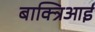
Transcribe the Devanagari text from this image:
बाक्त्रिआई